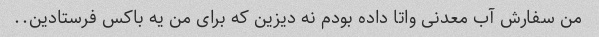
من سفارش آب معدنى واتا داده بودم نه دیزین که براى من یه باکس فرستادین..